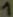
Text: 1